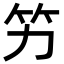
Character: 竻